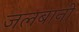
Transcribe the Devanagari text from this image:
जलबानी